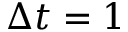
\Delta t = 1